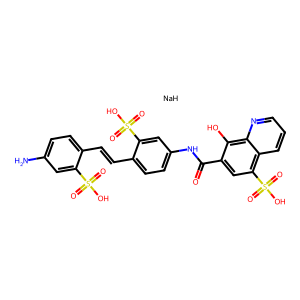
SMILES: Nc1ccc(C=Cc2ccc(NC(=O)c3cc(S(=O)(=O)O)c4cccnc4c3O)cc2S(=O)(=O)O)c(S(=O)(=O)O)c1.[NaH]
Inhibits HIV replication: Yes